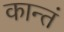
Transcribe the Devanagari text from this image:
कान्तं